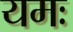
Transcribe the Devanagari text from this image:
यमः